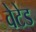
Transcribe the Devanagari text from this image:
वेटेड